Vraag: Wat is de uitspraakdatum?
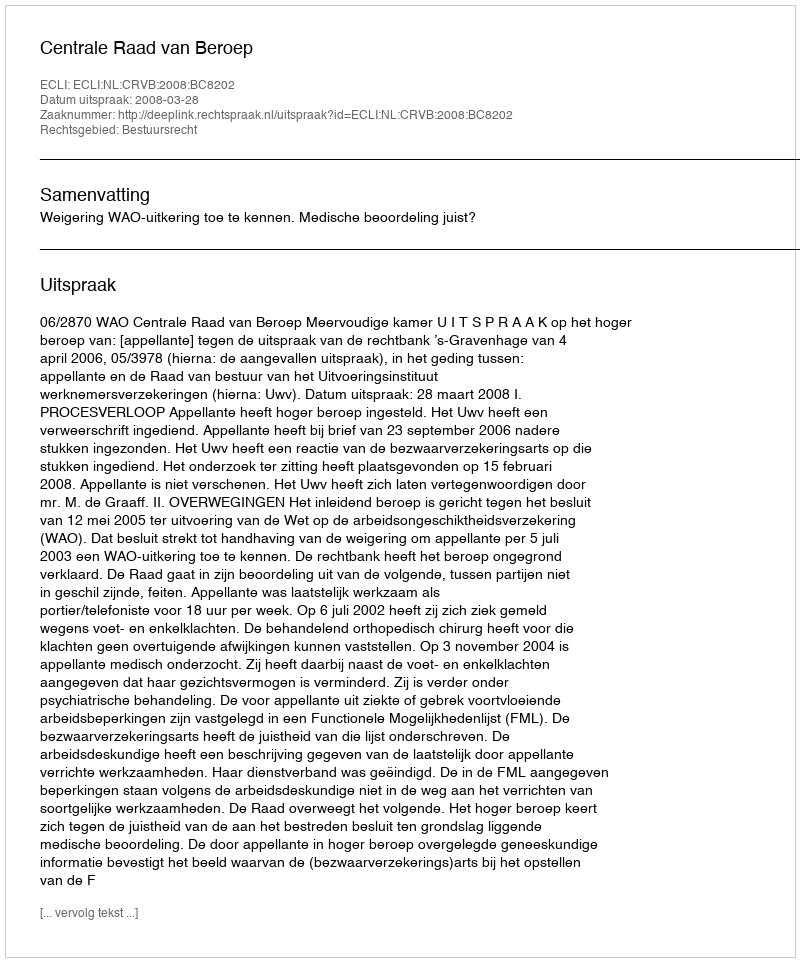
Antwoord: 2008-03-28